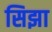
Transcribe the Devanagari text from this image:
सिझा